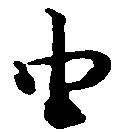
由